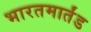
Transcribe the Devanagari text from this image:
भारतमार्तंड